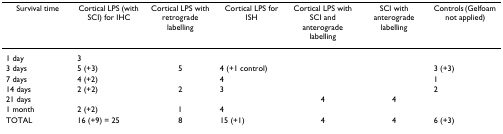
| Survival time | Cortical LPS (with SCI) for IHC | Cortical LPS with retrograde labelling | Cortical LPS for ISH | Cortical LPS with SCI and anterograde labelling | SCI with anterograde labelling | Controls (Gelfoam not applied) |
 | --- | --- | --- | --- | --- | --- | --- |
 | 1 day | 3 |  |  |  |  |  |
 | 3 days | 5 (+3) | 5 | 4 (+1 control) |  |  | 3 (+3) |
 | 7 days | 4 (+2) |  | 4 |  |  | 1 |
 | 14 days | 2 (+2) | 2 | 3 |  |  | 2 |
 | 21 days |  |  |  | 4 | 4 |  |
 | 1 month | 2 (+2) | 1 | 4 |  |  |  |
 | TOTAL | 16 (+9) = 25 | 8 | 15 (+1) | 4 | 4 | 6 (+3) |